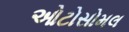
ઓટોસોમલ